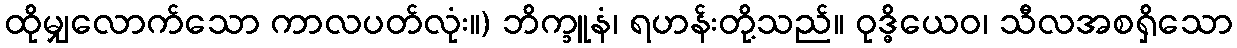
ထိုမျှလောက်သော ကာလပတ်လုံး။) ဘိက္ခူနံ၊ ရဟန်းတို့သည်။ ဝုဒ္ဓိယေဝ၊ သီလအစရှိသော